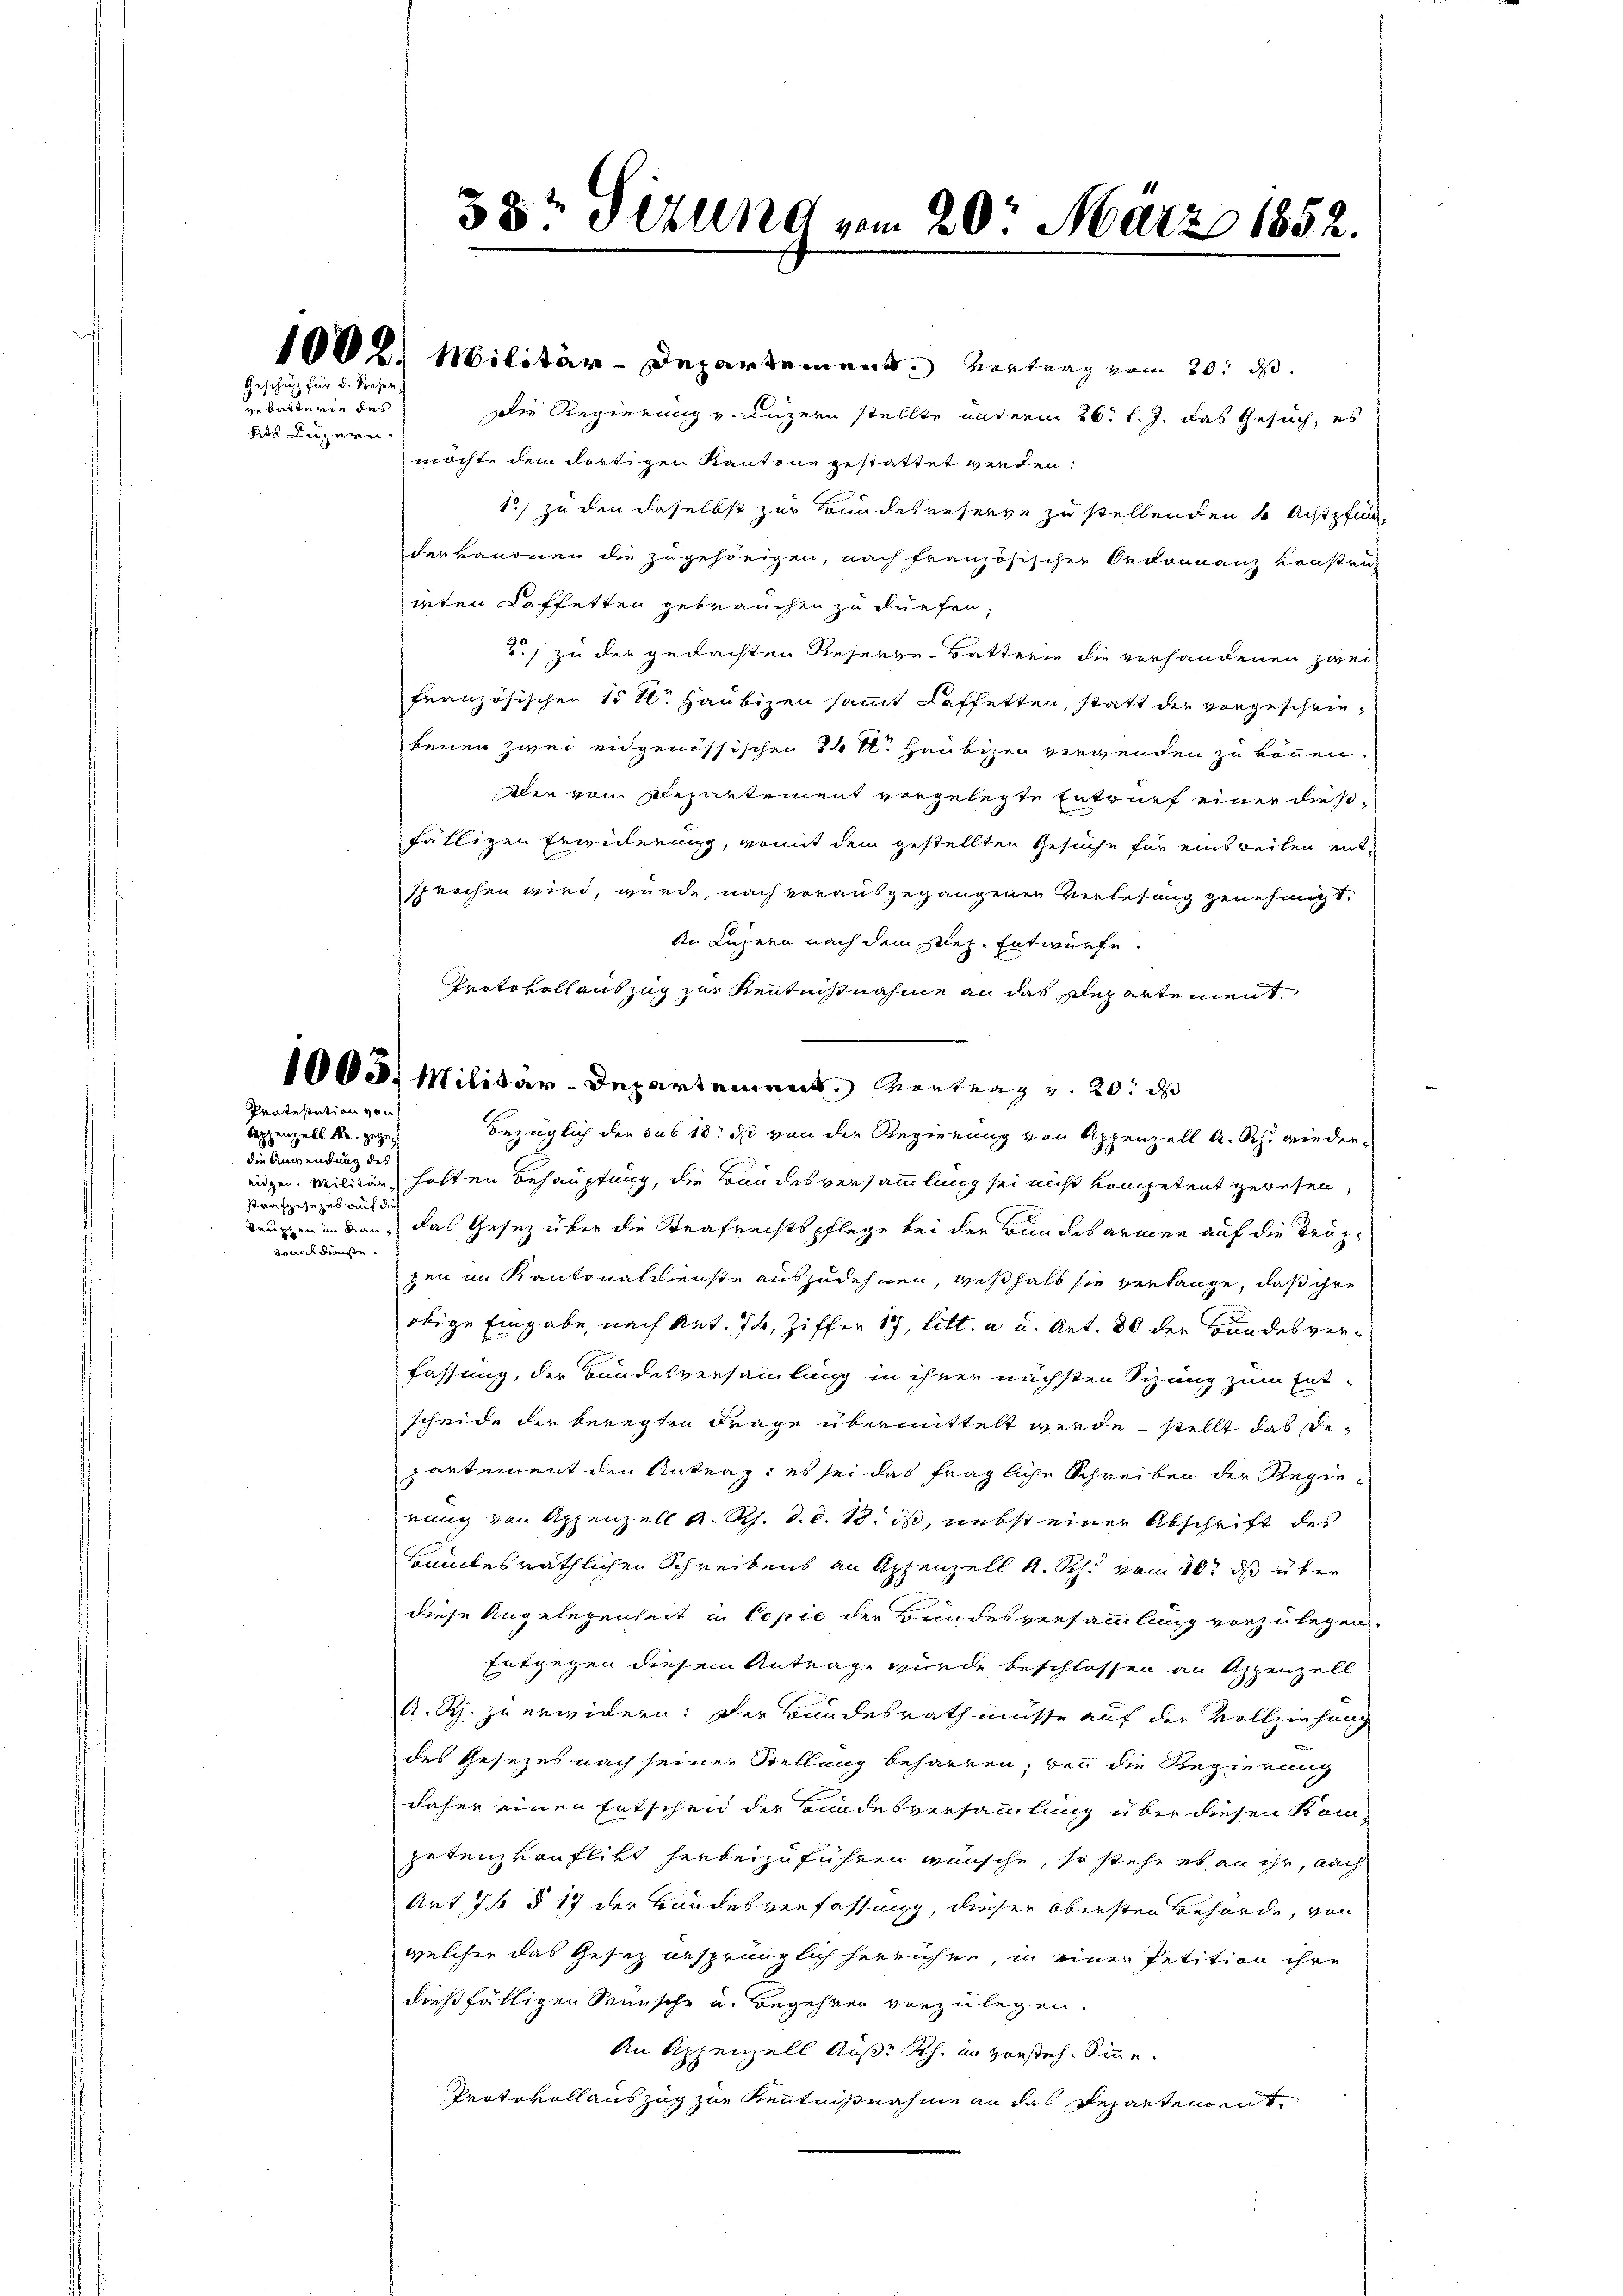
Geschutz für d. Reser

vebatterien des
kt Luzern.

Protestation von

Seppenzell u. gegen
Fudersendung der
strafgesezes auf dies
gonaldienste.

38 Sizung vom 20. März 1852.

100 l. Militär-Departement. Vortrag vom 20. d.
Die Regierung v. Luzern stellte unterm 26. l. J. das Gesuch, es
möchte dem dortigen Kantone gestattet werden.
1.) zu den daselbst zur Bundesreserve zu stellenden 2 Achtpfun
derkanonen die zugehörigen, nach französischen Ordonnanz konsten
ieten Kaffetten gebrauchen zu dürfen,
2.) zu der gedachten Reserve-Batterie die vorhandenen zweifranzösischen 15 t. Haubizen sammt Caffetten, statt der vorgeschriebenen zwei eidgenössischen 24 rl. Haubizei vergenden zu können.
dlen vom Departement vorgelegte Entwurf einer diesfälligen Erweiterung, womit dem gestellten Gesuche für einsweilen entsprechen wird, wurde, nach vorausgegangenen verlesung genehmigt.
An Luzern nach dem Plez. Entwürfe.
Protokoll auszug zur Kenntnißnahme an das Departement.
1005. Militar-Departement. Vortrag v. 20. d
Bezüglich der sub 18. ds von der Regierung von Appenzell A. Sch. wiedereidgen. Militär halten Behauptung, die Bandesversammlung sei nicht kompetent gewesen,
Taugen in dan, das Gesetz über die Strafrechtspflege bei der Bundesarmen auf die Truppen im Kantonaldienste auszudehnen, weßhalb sie verlange, daß ihre
obige Eingabe, nach Art. 74, Ziffer 17 litt. a u. Art. 80 der Bundesverfassung, der Bundesversammlung in ihrer nächsten Sitzung zum Ent-
scheide der beregten Frage übermittelt werde, stellt das Depantement den Antrag, es sei das fragliche Schreiben der Regierung von Appenzell A. Rh. d. d. 18. ds, nebst einer Abschrift des
samtesräthlichen Schreibens an Appenzell A. Rh. vom 10t ds über
diese Angelegenheit in Copie der Brindesversammlung vorzulegen.
Entgegen diesem Antrage wurde beschlossen an Appenzell
A. Rh. zu erwidern: Der Bundesrath müsse auf der Vollziehung
des Gesezes nach seiner Stellung beharren, den die Regierung
daher einen Entscheid der Bundesversammlung über diesen Kom-
petenz vonflikt herbeizuführen wünsche, so stehe es an ihr, nach
Ant 75 § 17 der Handesverfassung, dieser obersten Behörde, von
welcher das Gesez gesprünglich herrühen, in einer Petition ihre
dießfälligen Wünsche u. Begehren vorzulegen.
An Appenzell Auß. Rh. im vorstehe. Sinne.
Protokoll auszug zur Kenntnißnahme an das Departement